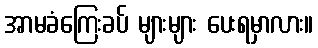
အာမခံကြေးခပ် များများ ပေးရမှာလား။